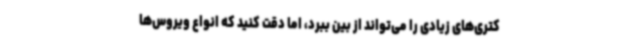
کتری‌های زیادی را می‌تواند از بین ببرد، اما دقت کنید که انواع ویروس‌ها